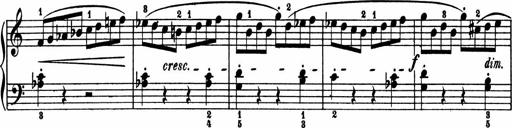
Title: 2 Sonatinen
Composer: Lambertus Adrianus van Tetterode